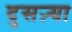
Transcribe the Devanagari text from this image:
दुसऱ्या